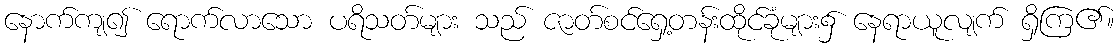
နောက်ကျ၍ ရောက်လာသော ပရိသတ်များ သည် ဇာတ်စင်ရှေ့တန်းထိုင်ခုံများ၌ နေရာယူလျက် ရှိကြ၏။